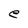
Character: e